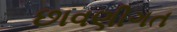
છાવણીગત